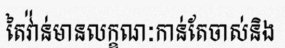
តៃវ៉ាន់មានលក្ខណៈកាន់តែចាស់និង